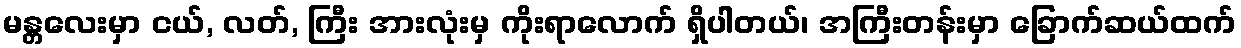
မန္တလေးမှာ ငယ်, လတ်, ကြီး အားလုံးမှ ကိုးရာလောက် ရှိပါတယ်၊ အကြီးတန်းမှာ ခြောက်ဆယ်ထက်